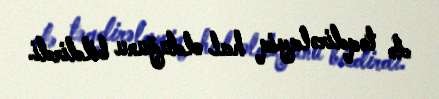
də təqdirəlayiq hal olduğunu bildirdi.